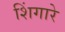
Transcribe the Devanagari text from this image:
शिंगारे